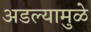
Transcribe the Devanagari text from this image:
अडल्यामुळे